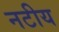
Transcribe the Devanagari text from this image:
नटीय